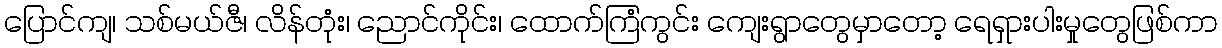
ပြောင်ကျ၊ သစ်မယ်ဇီ၊ လိန်တုံး၊ ညောင်ကိုင်း၊ ထောက်ကြံကွင်း ကျေးရွာတွေမှာတော့ ရေရှားပါးမှုတွေဖြစ်ကာ